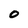
Character: 0